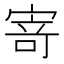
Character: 𭔃